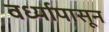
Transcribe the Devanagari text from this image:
वर्ध्यापासून